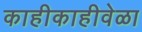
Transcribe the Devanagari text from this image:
काहीकाहीवेळा